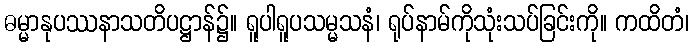
ဓမ္မာနုပဿနာသတိပဋ္ဌာန်၌။ ရူပါရူပသမ္မသနံ၊ ရုပ်နာမ်ကိုသုံးသပ်ခြင်းကို။ ကထိတံ၊